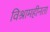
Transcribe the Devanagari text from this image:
विश्रामहीनता